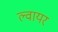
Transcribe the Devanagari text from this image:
ल्वायर